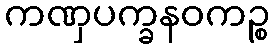
ကဏှပက္ခနဝကဉ္စ